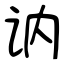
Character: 讷